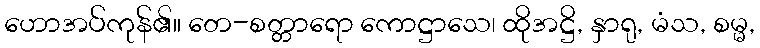
ဟောအပ်ကုန်၏။ တေ-စတ္တာရော ကောဋ္ဌာသေ၊ ထိုအဋ္ဌိ, နှာရု, မံသ, စမ္မ,